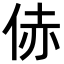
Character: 𪜻